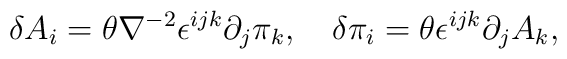
\delta A_i = \theta \nabla ^{-2}\epsilon^{ijk}\partial_j \pi_k, \quad \delta \pi _i = \theta\epsilon^{ijk}\partial_j A_k ,